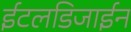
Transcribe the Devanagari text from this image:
ईटलडिजाईन